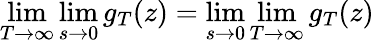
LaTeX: \operatorname*{lim}_{T\to\infty}\operatorname*{lim}_{s\to 0}g_{T}(z)=\operatorname*{lim}_{s\to 0}\operatorname*{lim}_{T\to\infty}g_{T}(z)